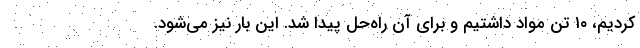
کردیم، ۱۰ تن مواد داشتیم و برای آن راه‌حل پیدا شد. این بار نیز می‌شود.